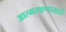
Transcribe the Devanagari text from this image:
आत्मरक्षणासाठी